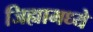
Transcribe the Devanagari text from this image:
जिह्यामध्ये